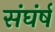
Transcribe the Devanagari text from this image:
संघंर्ष